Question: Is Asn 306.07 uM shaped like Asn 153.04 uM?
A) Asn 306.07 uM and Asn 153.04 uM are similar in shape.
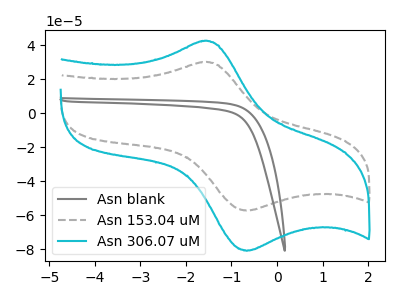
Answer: <think>The gray curve "Asn blank" has no peaks. The gray dashed curve "Asn 153.04 uM" has an anodic peak at (-1.60V, 30.10uA) and a cathodic peak at (-0.65V, -57.25uA). The cyan curve "Asn 306.07 uM" has an anodic peak at (-1.60V, 42.50uA) and a cathodic peak at (-0.65V, -80.85uA).
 All the peaks in "Asn 306.07 uM" have a peak in "Asn 153.04 uM" at the same potential. Every peak in "Asn 306.07 uM" is higher than every peak in "Asn 153.04 uM".</think>
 <answer>A) "Asn 306.07 uM" and "Asn 153.04 uM" are similar in shape.</answer>
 <eval>A</eval>